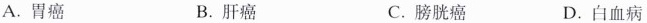
A.胃癌 B.肝癌 C.膀胱癌 D.白血病